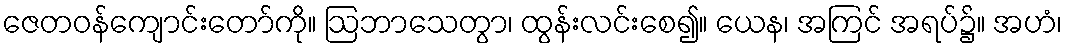
ဇေတဝန်ကျောင်းတော်ကို။ ဩဘာသေတွာ၊ ထွန်းလင်းစေ၍။ ယေန၊ အကြင် အရပ်၌။ အဟံ၊